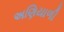
અણિયાળી